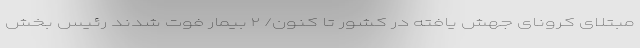
مبتلای کرونای جهش یافته در کشور تا کنون/ ۲ بیمار فوت شدند رئیس بخش